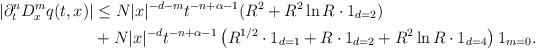
LaTeX: \begin{align*} |\partial_{t}^{n} D_{x}^{m}q(t,x)| &\leq N|x|^{-d-m}t^{-n+\alpha-1}(R^2+R^2 \ln R \cdot 1_{d=2})\\ & + N|x|^{-d}t^{-n+\alpha-1}\left( R^{1/2} \cdot 1_{d=1}+ R \cdot 1_{d=2}+R^2 \ln R \cdot 1_{d=4} \right) 1_{m = 0}.\end{align*}